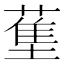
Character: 𬞄